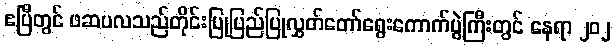
ဧပြီတွင် ဖဆပလသည်တိုင်းပြုပြည်ပြုလွှတ်တော်ရွေးကောက်ပွဲကြီးတွင် နေရာ ၂၀၂